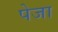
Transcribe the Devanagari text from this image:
पेजा